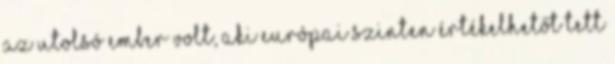
az utolsó ember volt, aki európai szinten értékelhetőt tett